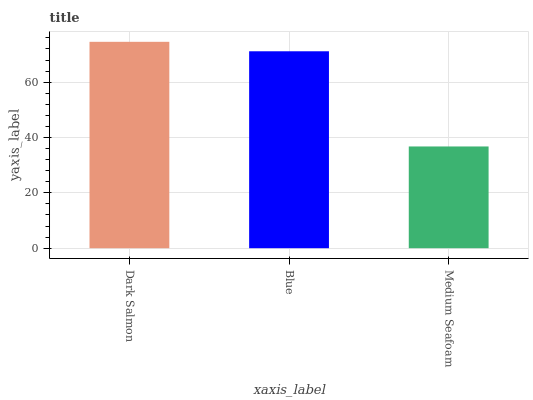
| xaxis_label | bars |
 | --- | --- |
 | Dark Salmon | 74.6 |
 | Blue | 71.2 |
 | Medium Seafoam | 36.8 |